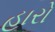
હારો